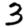
Digit: 3